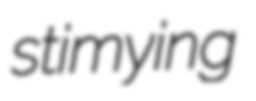
stimying